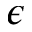
\epsilon